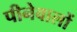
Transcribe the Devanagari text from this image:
पीनेवालों